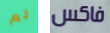
لم فاكس